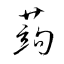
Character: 蒟